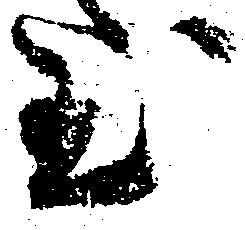
至